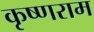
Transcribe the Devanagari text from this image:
कृष्णराम